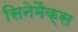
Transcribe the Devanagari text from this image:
सिनेमैक्स